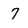
Character: 7